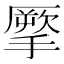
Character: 𢴺